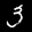
Label: 3